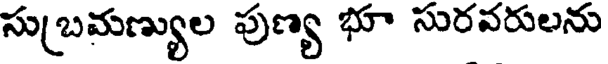
సుబ్రమణ్యుల పుణ్య భూ సురవరులను